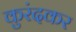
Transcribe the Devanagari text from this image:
कुरंदकर